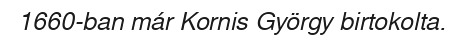
1660-ban már Kornis György birtokolta.